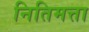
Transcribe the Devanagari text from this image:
नितिमत्ता